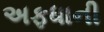
અફધાની